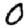
Digit: 0